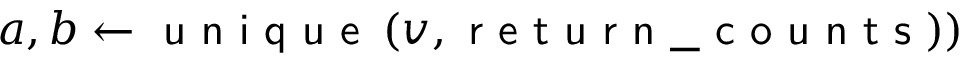
a , b \gets \textsf { u n i q u e } \left( v , \textsf { r e t u r n \_ c o u n t s } \right) )